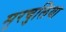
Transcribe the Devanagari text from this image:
मुरचुलिया